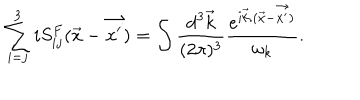
LaTeX: \sum _ { i = j } ^ { 3 } i S _ { i j } ^ { F } ( { \vec { x } } - { \vec { x ^ { \prime } } } ) = \int { \frac { \mathrm { d } ^ { 3 } { \vec { k } } } { ( 2 \pi ) ^ { 3 } } } { { \frac { e ^ { i { \vec { k } } . ( { \vec { x } } - { \vec { x ^ { \prime } } ) } } } { \omega _ { k } } } } .